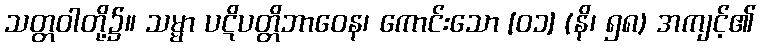
သတ္တဝါတို့၌။ သမ္မာ ပဋိပတ္တိဘာဝေန၊ ကောင်းသော [၀၁] (နိ၊ ၅၈) အကျင့်၏